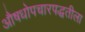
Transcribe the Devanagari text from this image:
औषधोपचारपद्धतीला